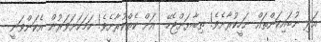
އަދި ނުބައިކަންތައް ނަހީކުރާށެވެ! ތިބާޔަށްޖެހޭ  އަށް ކެތްކުރާށެވެ! ހަމަކަށަވަރުން އެކަންވަނީ